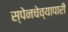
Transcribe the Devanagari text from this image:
स्पेनचेव्यापारी